画像に写った文字を読んでください
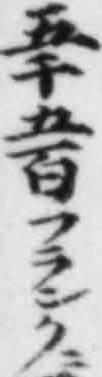
「五千五百フランク」と書いてあります